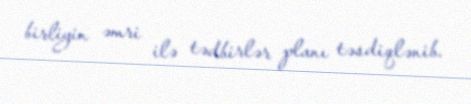
birliyin əmri ilə tədbirlər planı təsdiqlənib.